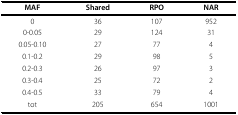
<table><thead><tr><td><b>MAF</b></td><td><b>Shared</b></td><td><b>RPO</b></td><td><b>NAR</b></td></tr></thead><tbody><tr><td>0</td><td>36</td><td>107</td><td>952</td></tr><tr><td>0-0.05</td><td>29</td><td>124</td><td>31</td></tr><tr><td>0.05-0.10</td><td>27</td><td>77</td><td>4</td></tr><tr><td>0.1-0.2</td><td>29</td><td>98</td><td>5</td></tr><tr><td>0.2-0.3</td><td>26</td><td>97</td><td>3</td></tr><tr><td>0.3-0.4</td><td>25</td><td>72</td><td>2</td></tr><tr><td>0.4-0.5</td><td>33</td><td>79</td><td>4</td></tr><tr><td>tot</td><td>205</td><td>654</td><td>1001</td></tr></tbody></table>